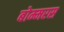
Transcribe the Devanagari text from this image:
बोम्मरस